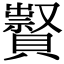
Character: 𧸆